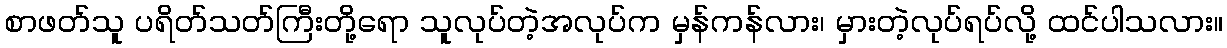
စာဖတ်သူ ပရိတ်သတ်ကြီးတို့ရော သူလုပ်တဲ့အလုပ်က မှန်ကန်လား၊ မှားတဲ့လုပ်ရပ်လို့ ထင်ပါသလား။